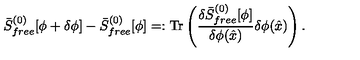
\bar { S } _ { f r e e } ^ { ( 0 ) } [ \phi + \delta \phi ] - \bar { S } _ { f r e e } ^ { ( 0 ) } [ \phi ] = : \mathrm { T r } \left( { \frac { \delta \bar { S } _ { f r e e } ^ { ( 0 ) } [ \phi ] } { \delta \phi ( \hat { x } ) } } \delta \phi ( \hat { x } ) \right) .